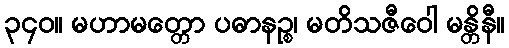
၃၄၀။ မဟာမတ္တော ပဓာနဉ္စ၊ မတိသဇီဝေါ မန္တိနီ။